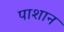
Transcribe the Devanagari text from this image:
पाशान